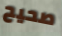
صحيح